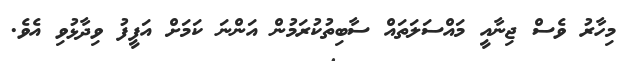
މިހާރު ވެސް ޖިނާއީ މައްސަލަތައް ސާބިތުކުރަމުން އަންނަ ކަމަށް އަފީފު ވިދާޅުވި އެވެ.